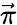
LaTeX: \vec{\pi}